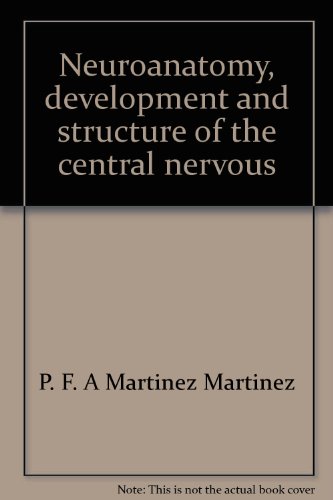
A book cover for Neuroanatomy, development and structure of the central nervous system; P. F. A Martinez Martinez; Medical Books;